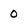
Character: 0